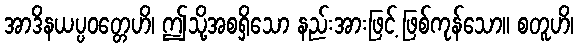
အာဒိနယပ္ပဝတ္တေဟိ၊ ဤသို့အစရှိသော နည်းအားဖြင့် ဖြစ်ကုန်သော။ စတူဟိ၊